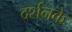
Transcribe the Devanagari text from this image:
दर्शनके